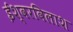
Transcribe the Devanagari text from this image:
ईश्वरविलाश